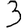
Digit: 3